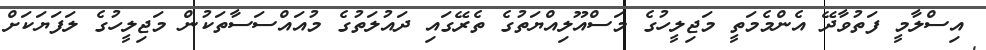
އިސްލާމީ ފަތުވާދޭ އެންމެމަތީ މަޖިލީހުގެ މަސްއޫލިއްޔަތުގެ ތެރޭގައި ދައުލަތުގެ މުއައްސަސާތަކުން މަޖިލީހުގެ ލަފަޔަކަށް